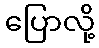
ပြောလို့